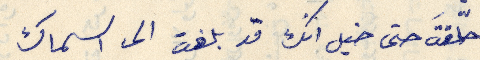
حلّقتَ حتى خيل انك قد بلغت الى اسماك